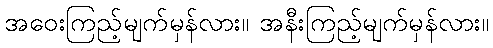
အဝေးကြည့်မျက်မှန်လား။ အနီးကြည့်မျက်မှန်လား။